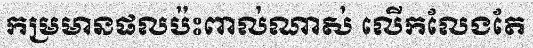
កម្រមានផលប៉ះពាល់ណាស់ លើកលែងតែ